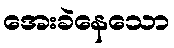
အေးခဲနေသော